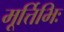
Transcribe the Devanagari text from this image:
मूर्त्तिभिः